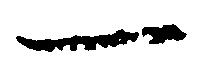
一